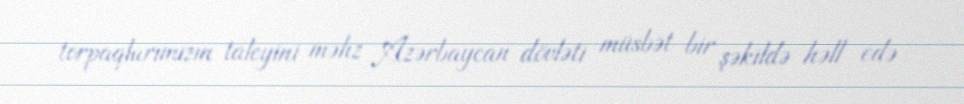
torpaqlarımızın taleyini məhz Azərbaycan dövləti müsbət bir şəkildə həll edə